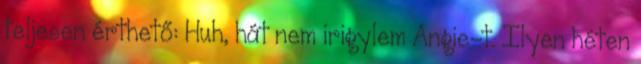
teljesen érthető: Huh, hát nem irigylem Angie-t. Ilyen héten